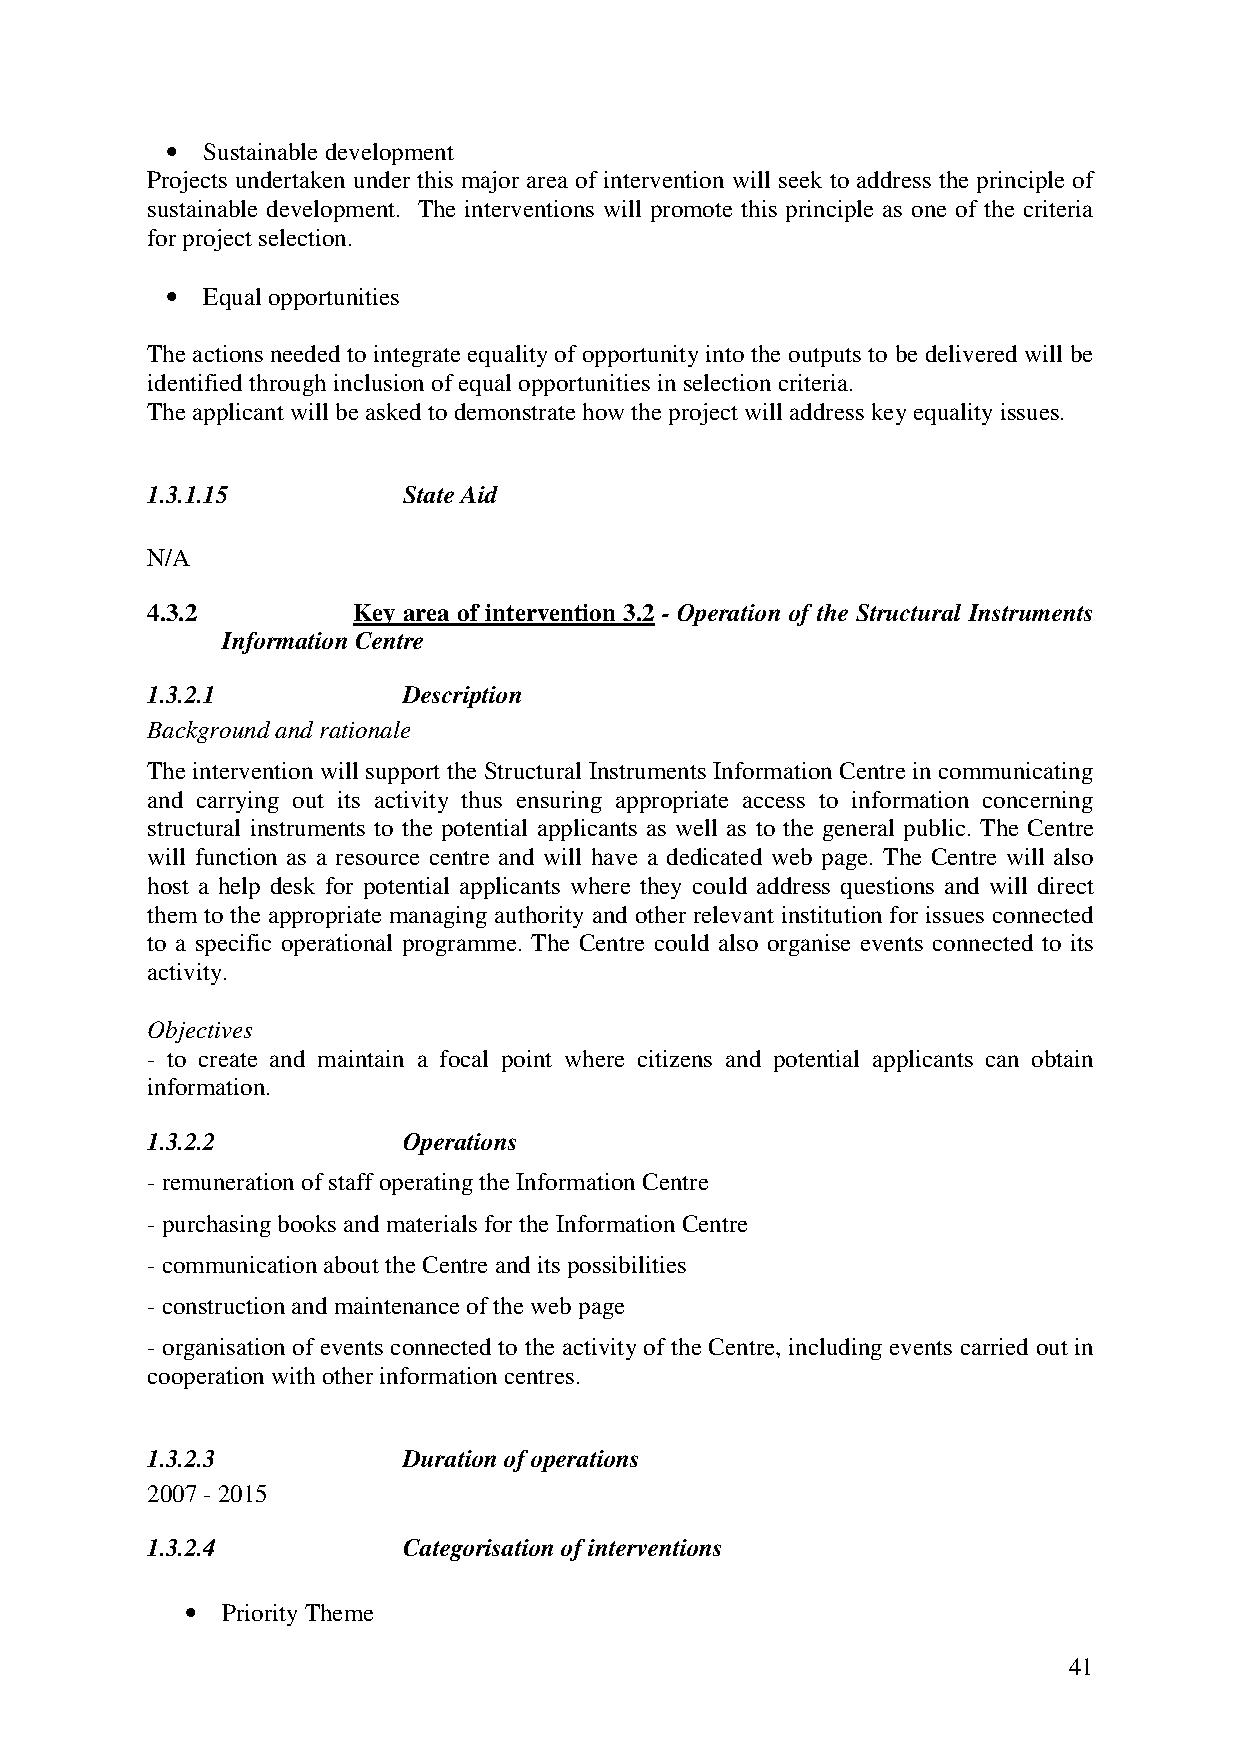
• Sustainable development
 Projects undertaken under this major area of intervention will seek to address the principle of
 sustainable development. The interventions will promote this principle as one of the criteria
 for project selection.
 • Equal opportunities
 The actions needed to integrate equality of opportunity into the outputs to be delivered will be
 identified through inclusion of equal opportunities in selection criteria.
 The applicant will be asked to demonstrate how the project will address key equality issues.
 1.3.1.15         State Aid
 N/A
 4.3.2        Key area of intervention 3.2 - Operation of the Structural Instruments
 Information Centre
 1.3.2.1          Description
 Background and rationale
 The intervention will support the Structural Instruments Information Centre in communicating
 and carrying out its activity thus ensuring appropriate access to information concerning
 structural instruments to the potential applicants as well as to the general public. The Centre
 will function as a resource centre and will have a dedicated web page. The Centre will also
 host a help desk for potential applicants where they could address questions and will direct
 them to the appropriate managing authority and other relevant institution for issues connected
 to a specific operational programme. The Centre could also organise events connected to its
 activity.
 Objectives
 - to create and maintain a focal point where citizens and potential applicants can obtain
 information.
 1.3.2.2          Operations
 - remuneration of staff operating the Information Centre
 - purchasing books and materials for the Information Centre
 - communication about the Centre and its possibilities
 - construction and maintenance of the web page
 - organisation of events connected to the activity of the Centre, including events carried out in
 cooperation with other information centres.
 1.3.2.3          Duration of operations
 2007 - 2015
 1.3.2.4          Categorisation of interventions
 •  Priority Theme
 41